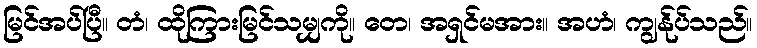
မြင်အပ်ပြီ။ တံ၊ ထိုကြားမြင်သမျှကို။ တေ၊ အရှင်မအား။ အဟံ၊ ကျွန်ုပ်သည်။